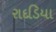
રાદડિયા